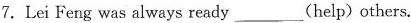
7.Lei Feng was always ready___(help)others.